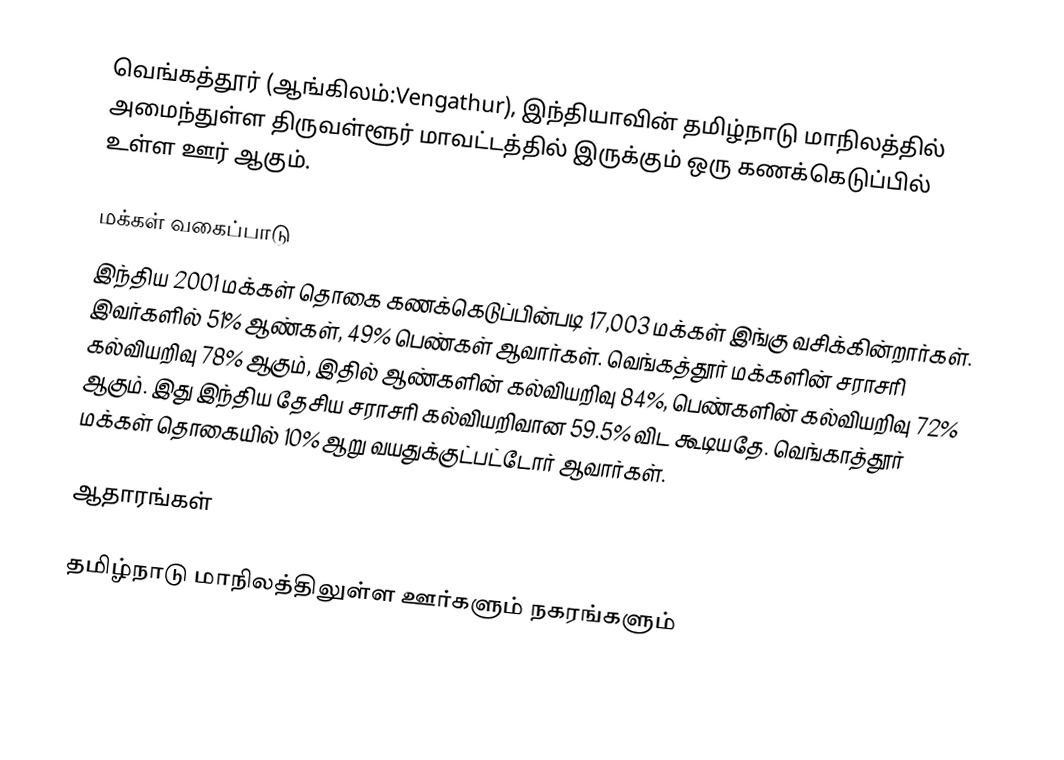
வெங்கத்தூர் (ஆங்கிலம்:Vengathur), இந்தியாவின் தமிழ்நாடு மாநிலத்தில் அமைந்துள்ள திருவள்ளூர் மாவட்டத்தில் இருக்கும் ஒரு கணக்கெடுப்பில் உள்ள ஊர்  ஆகும்.

மக்கள் வகைப்பாடு
இந்திய 2001 மக்கள் தொகை கணக்கெடுப்பின்படி 17,003 மக்கள் இங்கு வசிக்கின்றார்கள். இவர்களில் 51% ஆண்கள், 49% பெண்கள் ஆவார்கள். வெங்கத்தூர் மக்களின் சராசரி கல்வியறிவு 78% ஆகும்,  இதில் ஆண்களின் கல்வியறிவு 84%,  பெண்களின் கல்வியறிவு 72% ஆகும். இது இந்திய தேசிய சராசரி கல்வியறிவான 59.5% விட கூடியதே. வெங்காத்தூர் மக்கள் தொகையில் 10%  ஆறு வயதுக்குட்பட்டோர் ஆவார்கள்.

ஆதாரங்கள்

 தமிழ்நாடு மாநிலத்திலுள்ள ஊர்களும் நகரங்களும்